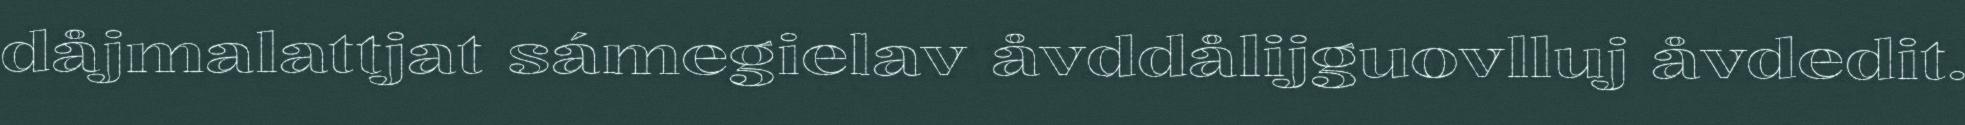
dåjmalattjat sámegielav åvddålijguovlluj åvdedit.